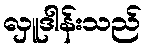
လှူဒါန်းသည်